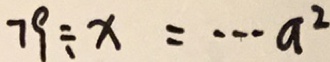
7 9 \div x = \cdots a ^ { 2 }